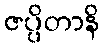
ဇပ္ပိတာနိ